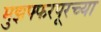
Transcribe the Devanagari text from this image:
मुझफ्फरपूरच्या